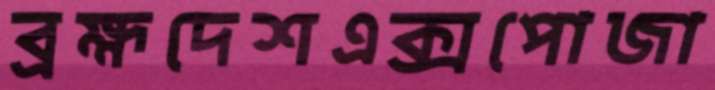
ব্রহ্মদেশএক্সপোজা